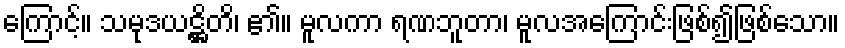
ကြောင့်။ သမုဒယဋ္ဌိတိ၊ ၏။ မူလကာ ရဏဘူတာ၊ မူလအကြောင်းဖြစ်၍ဖြစ်သော။